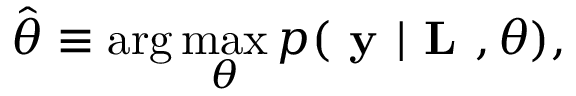
\hat { \boldsymbol { \theta } } \equiv \arg \operatorname* { m a x } _ { \boldsymbol { \theta } } p ( \textbf { y } | \textbf { L } , \boldsymbol { \theta } ) ,